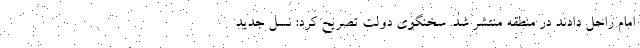
امام راحل دادند در منطقه منتشر شد. سخنگوی دولت تصریح کرد: نسل جدید